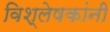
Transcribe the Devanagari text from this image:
विश्लेषकांनी